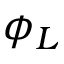
\phi _ { L }